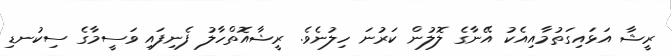
ރީޝާ އަޅައިގަތުުމާއިއެކު އޭނާގެ ލޮލުން ކަރުނަ ހިލުނެވެ. ރީޝާއޮތްހާލު ފެނިފައި ވަސީމާގެ ސިކުނޑި